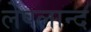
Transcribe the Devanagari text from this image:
लेपलान्द